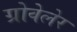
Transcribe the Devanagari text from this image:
ग्रोवेलेर